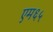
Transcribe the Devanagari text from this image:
एम६५